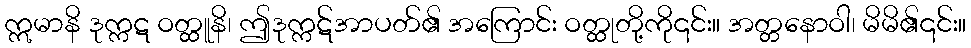
ဣမာနိ ဒုက္ကဋ ဝတ္ထူနိ၊ ဤဒုက္ကဋ်အာပတ်၏ အကြောင်း ဝတ္ထုတို့ကို၎င်း။ အတ္တနောဝါ၊ မိမိ၏၎င်း။